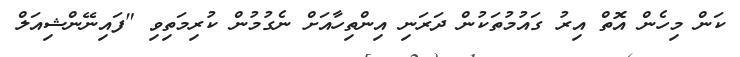
ކަން މިހެން އޮތް އިރު ގައުމުތަކުން ދަރަނި އިންތިހާއަށް ނެގުމުން ކުރިމަތިވި "ފައިނޭންޝިއަލް